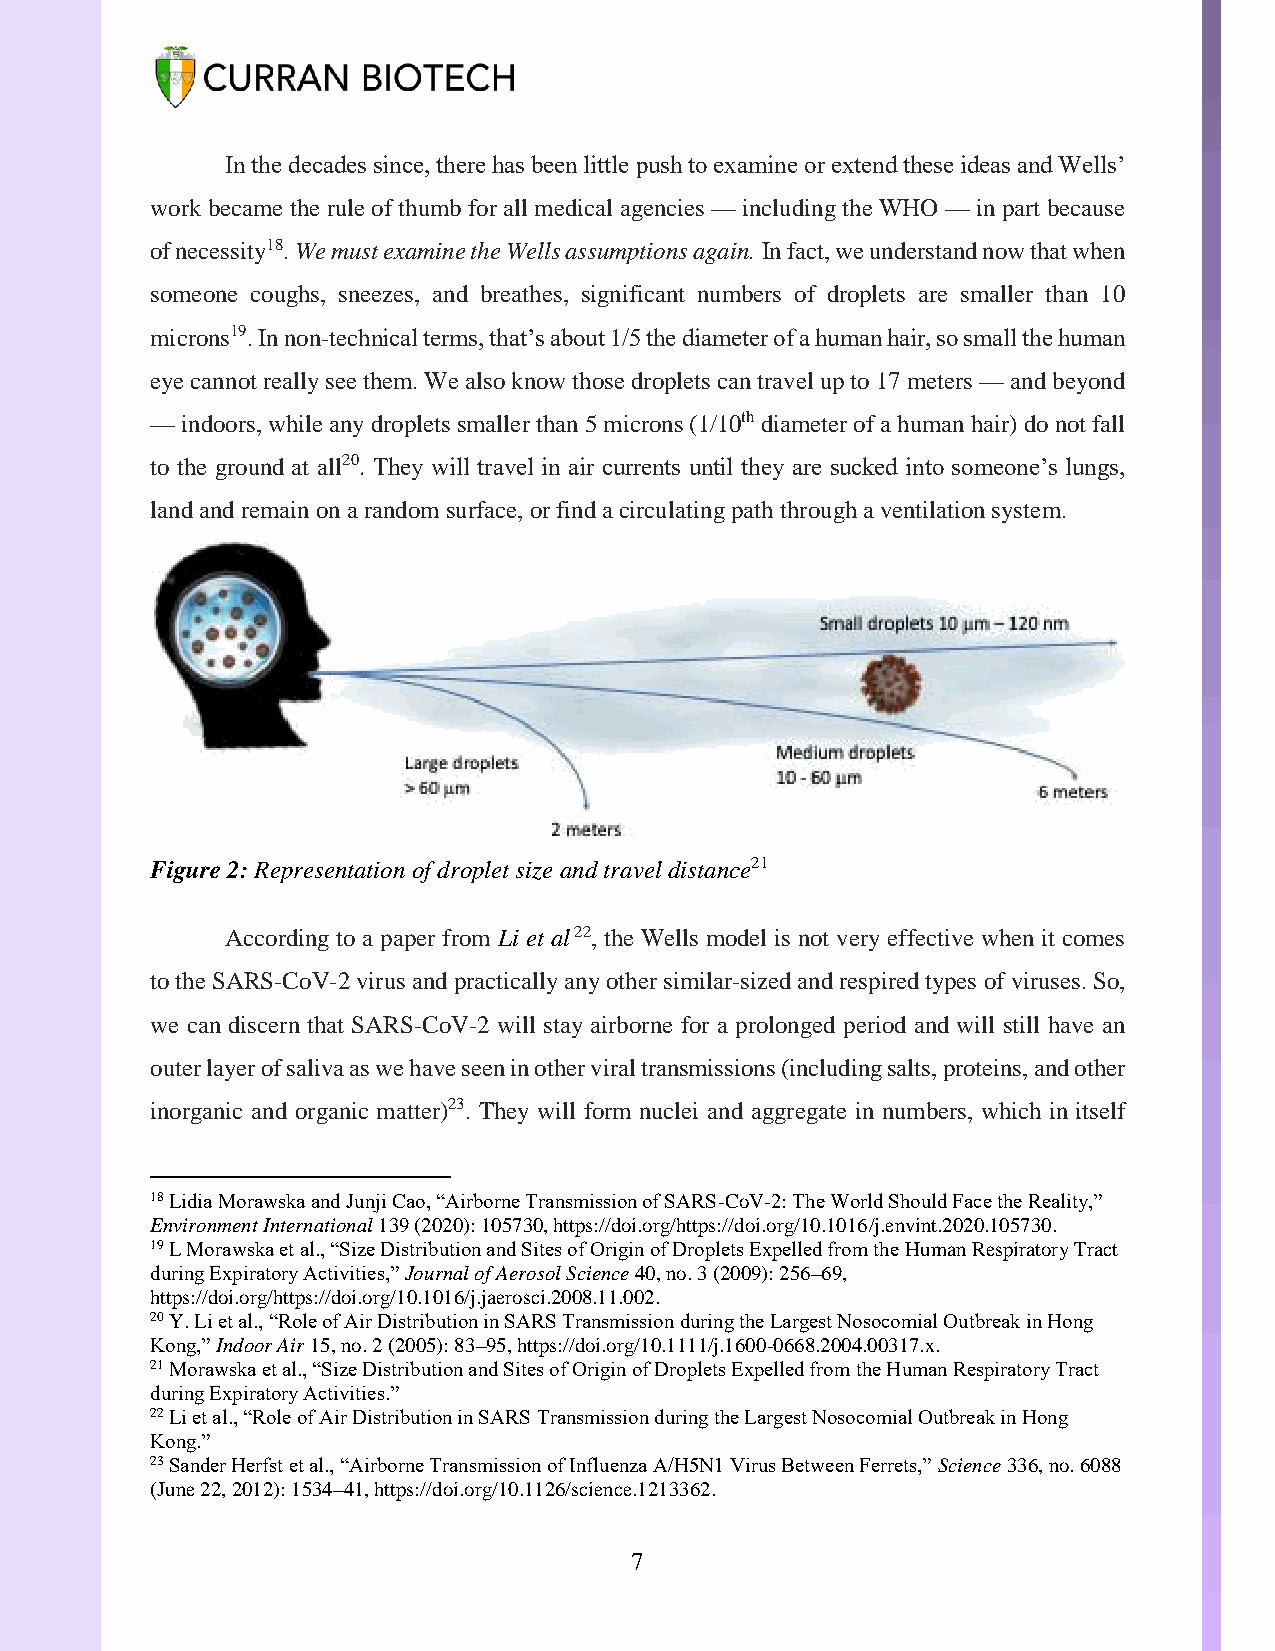
In the decades since, there has been little push to examine or extend these ideas and Wells’
 work became the rule of thumb for all medical agencies — including the WHO — in part because
 of necessity18. We must examine the Wells assumptions again. In fact, we understand now that when
 someone coughs, sneezes, and breathes, significant numbers of droplets are smaller than 10
 microns19. In non-technical terms, that’s about 1/5 the diameter of a human hair, so small the human
 eye cannot really see them. We also know those droplets can travel up to 17 meters — and beyond
 — indoors, while any droplets smaller than 5 microns (1/10th diameter of a human hair) do not fall
 to the ground at all20. They will travel in air currents until they are sucked into someone’s lungs,
 land and remain on a random surface, or find a circulating path through a ventilation system.
 Figure 2: Representation of droplet size and travel distance21
 According to a paper from Li et al 22, the Wells model is not very effective when it comes
 to the SARS-CoV-2 virus and practically any other similar-sized and respired types of viruses. So,
 we can discern that SARS-CoV-2 will stay airborne for a prolonged period and will still have an
 outer layer of saliva as we have seen in other viral transmissions (including salts, proteins, and other
 inorganic and organic matter)23. They will form nuclei and aggregate in numbers, which in itself
 18 Lidia Morawska and Junji Cao, “Airborne Transmission of SARS-CoV-2: The World Should Face the Reality,”
 Environment International 139 (2020): 105730, https://doi.org/https://doi.org/10.1016/j.envint.2020.105730.
 19 L Morawska et al., “Size Distribution and Sites of Origin of Droplets Expelled from the Human Respiratory Tract
 during Expiratory Activities,” Journal of Aerosol Science 40, no. 3 (2009): 256–69,
 https://doi.org/https://doi.org/10.1016/j.jaerosci.2008.11.002.
 20 Y. Li et al., “Role of Air Distribution in SARS Transmission during the Largest Nosocomial Outbreak in Hong
 Kong,” Indoor Air 15, no. 2 (2005): 83–95, https://doi.org/10.1111/j.1600-0668.2004.00317.x.
 21 Morawska et al., “Size Distribution and Sites of Origin of Droplets Expelled from the Human Respiratory Tract
 during Expiratory Activities.”
 22 Li et al., “Role of Air Distribution in SARS Transmission during the Largest Nosocomial Outbreak in Hong
 Kong.”
 23 Sander Herfst et al., “Airborne Transmission of Influenza A/H5N1 Virus Between Ferrets,” Science 336, no. 6088
 (June 22, 2012): 1534–41, https://doi.org/10.1126/science.1213362.
 7